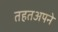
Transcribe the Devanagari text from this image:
तहतअपने